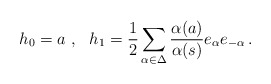
\begin{align*}h_0=a\,\,,\,\,\,\,h_1=\frac12\sum_{\alpha\in\Delta}\frac{\alpha(a)}{\alpha(s)}e_\alpha e_{-\alpha}\,.\end{align*}